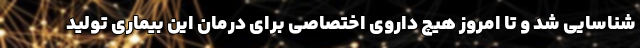
شناسایی شد و تا امروز هیچ داروی اختصاصی برای درمان این بیماری تولید